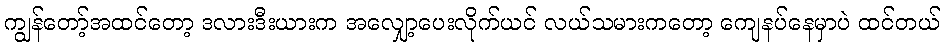
ကျွန်တော့်အထင်တော့ ဒလားဒီးယားက အလျှော့ပေးလိုက်ယင် လယ်သမားကတော့ ကျေနပ်နေမှာပဲ ထင်တယ်